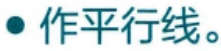
作平行线。